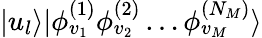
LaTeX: |u_{l}\rangle|\phi_{v_{1}}^{(1)}\phi_{v_{2}}^{(2)}\ldots\phi_{v_{M}}^{(N_{M})}\rangle